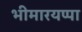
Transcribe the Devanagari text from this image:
भीमारयप्पा